Report of an investigation into the causes of malaria in Bombay and the measures necessary for its control
Disease focus: Malaria
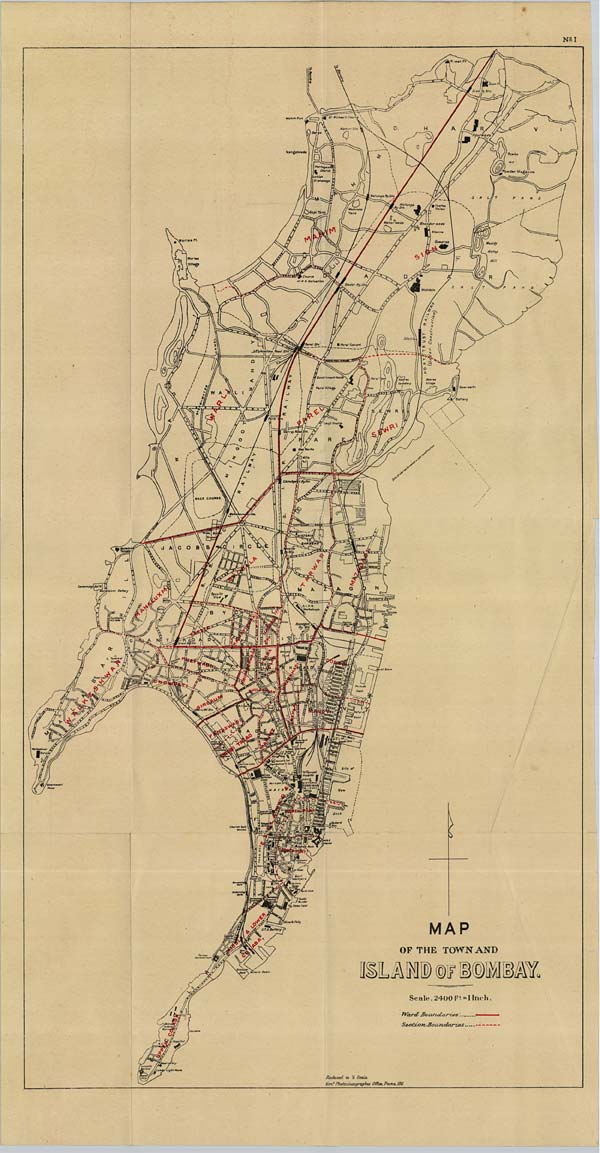
No: I